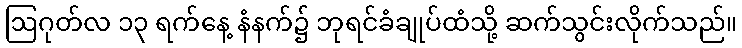
ဩဂုတ်လ ၁၃ ရက်နေ့ နံနက်၌ ဘုရင်ခံချုပ်ထံသို့ ဆက်သွင်းလိုက်သည်။